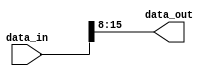
module part_select_assign (
    input [31:0] data_in,
    output [7:0] data_out
);

assign data_out = data_in[15:8]; // Extracting bits 15-8 from data_in and assigning them to data_out

endmodule